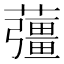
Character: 䕬